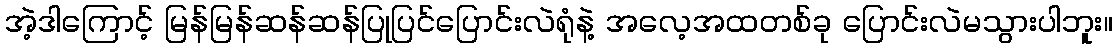
အဲ့ဒါကြောင့် မြန်မြန်ဆန်ဆန်ပြုပြင်ပြောင်းလဲရုံနဲ့ အလေ့အထတစ်ခု ပြောင်းလဲမသွားပါဘူး။